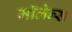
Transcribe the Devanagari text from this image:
मॉलेन्स